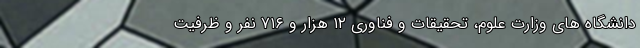
دانشگاه های وزارت علوم، تحقیقات و فناوری ۱۲ هزار و ۷۱۶ نفر و ظرفیت